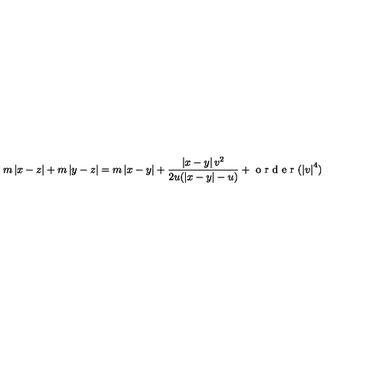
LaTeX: m \left| x - z \right| + m \left| y - z \right| = m \left| x - y \right| + \frac { \left| x - y \right| v ^ { 2 } } { 2 u ( \left| x - y \right| - u ) } + \textrm { o r d e r } ( \left| v \right| ^ { 4 } )